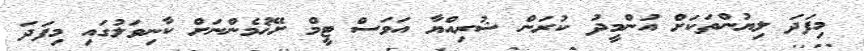
މިފަދަ ލިޔުންތަކަށް އުންމީދު ކުރަން ޝުރިއްޔާ އަވަސް ޓީމް ށޭޚުމެންނަށް ކާނިވަލުގައި މިފަދަ